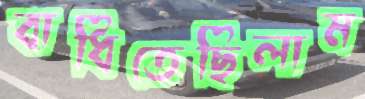
বাধিতেছিলাম